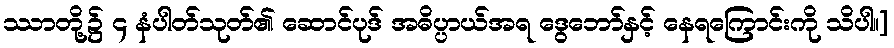
ဿာတို့၌ ၄ နံပါတ်သုတ်၏ ဆောင်ပုဒ် အဓိပ္ပာယ်အရ ဒွေဘော်နှင့် နေရကြောင်းကို သိပါ။]